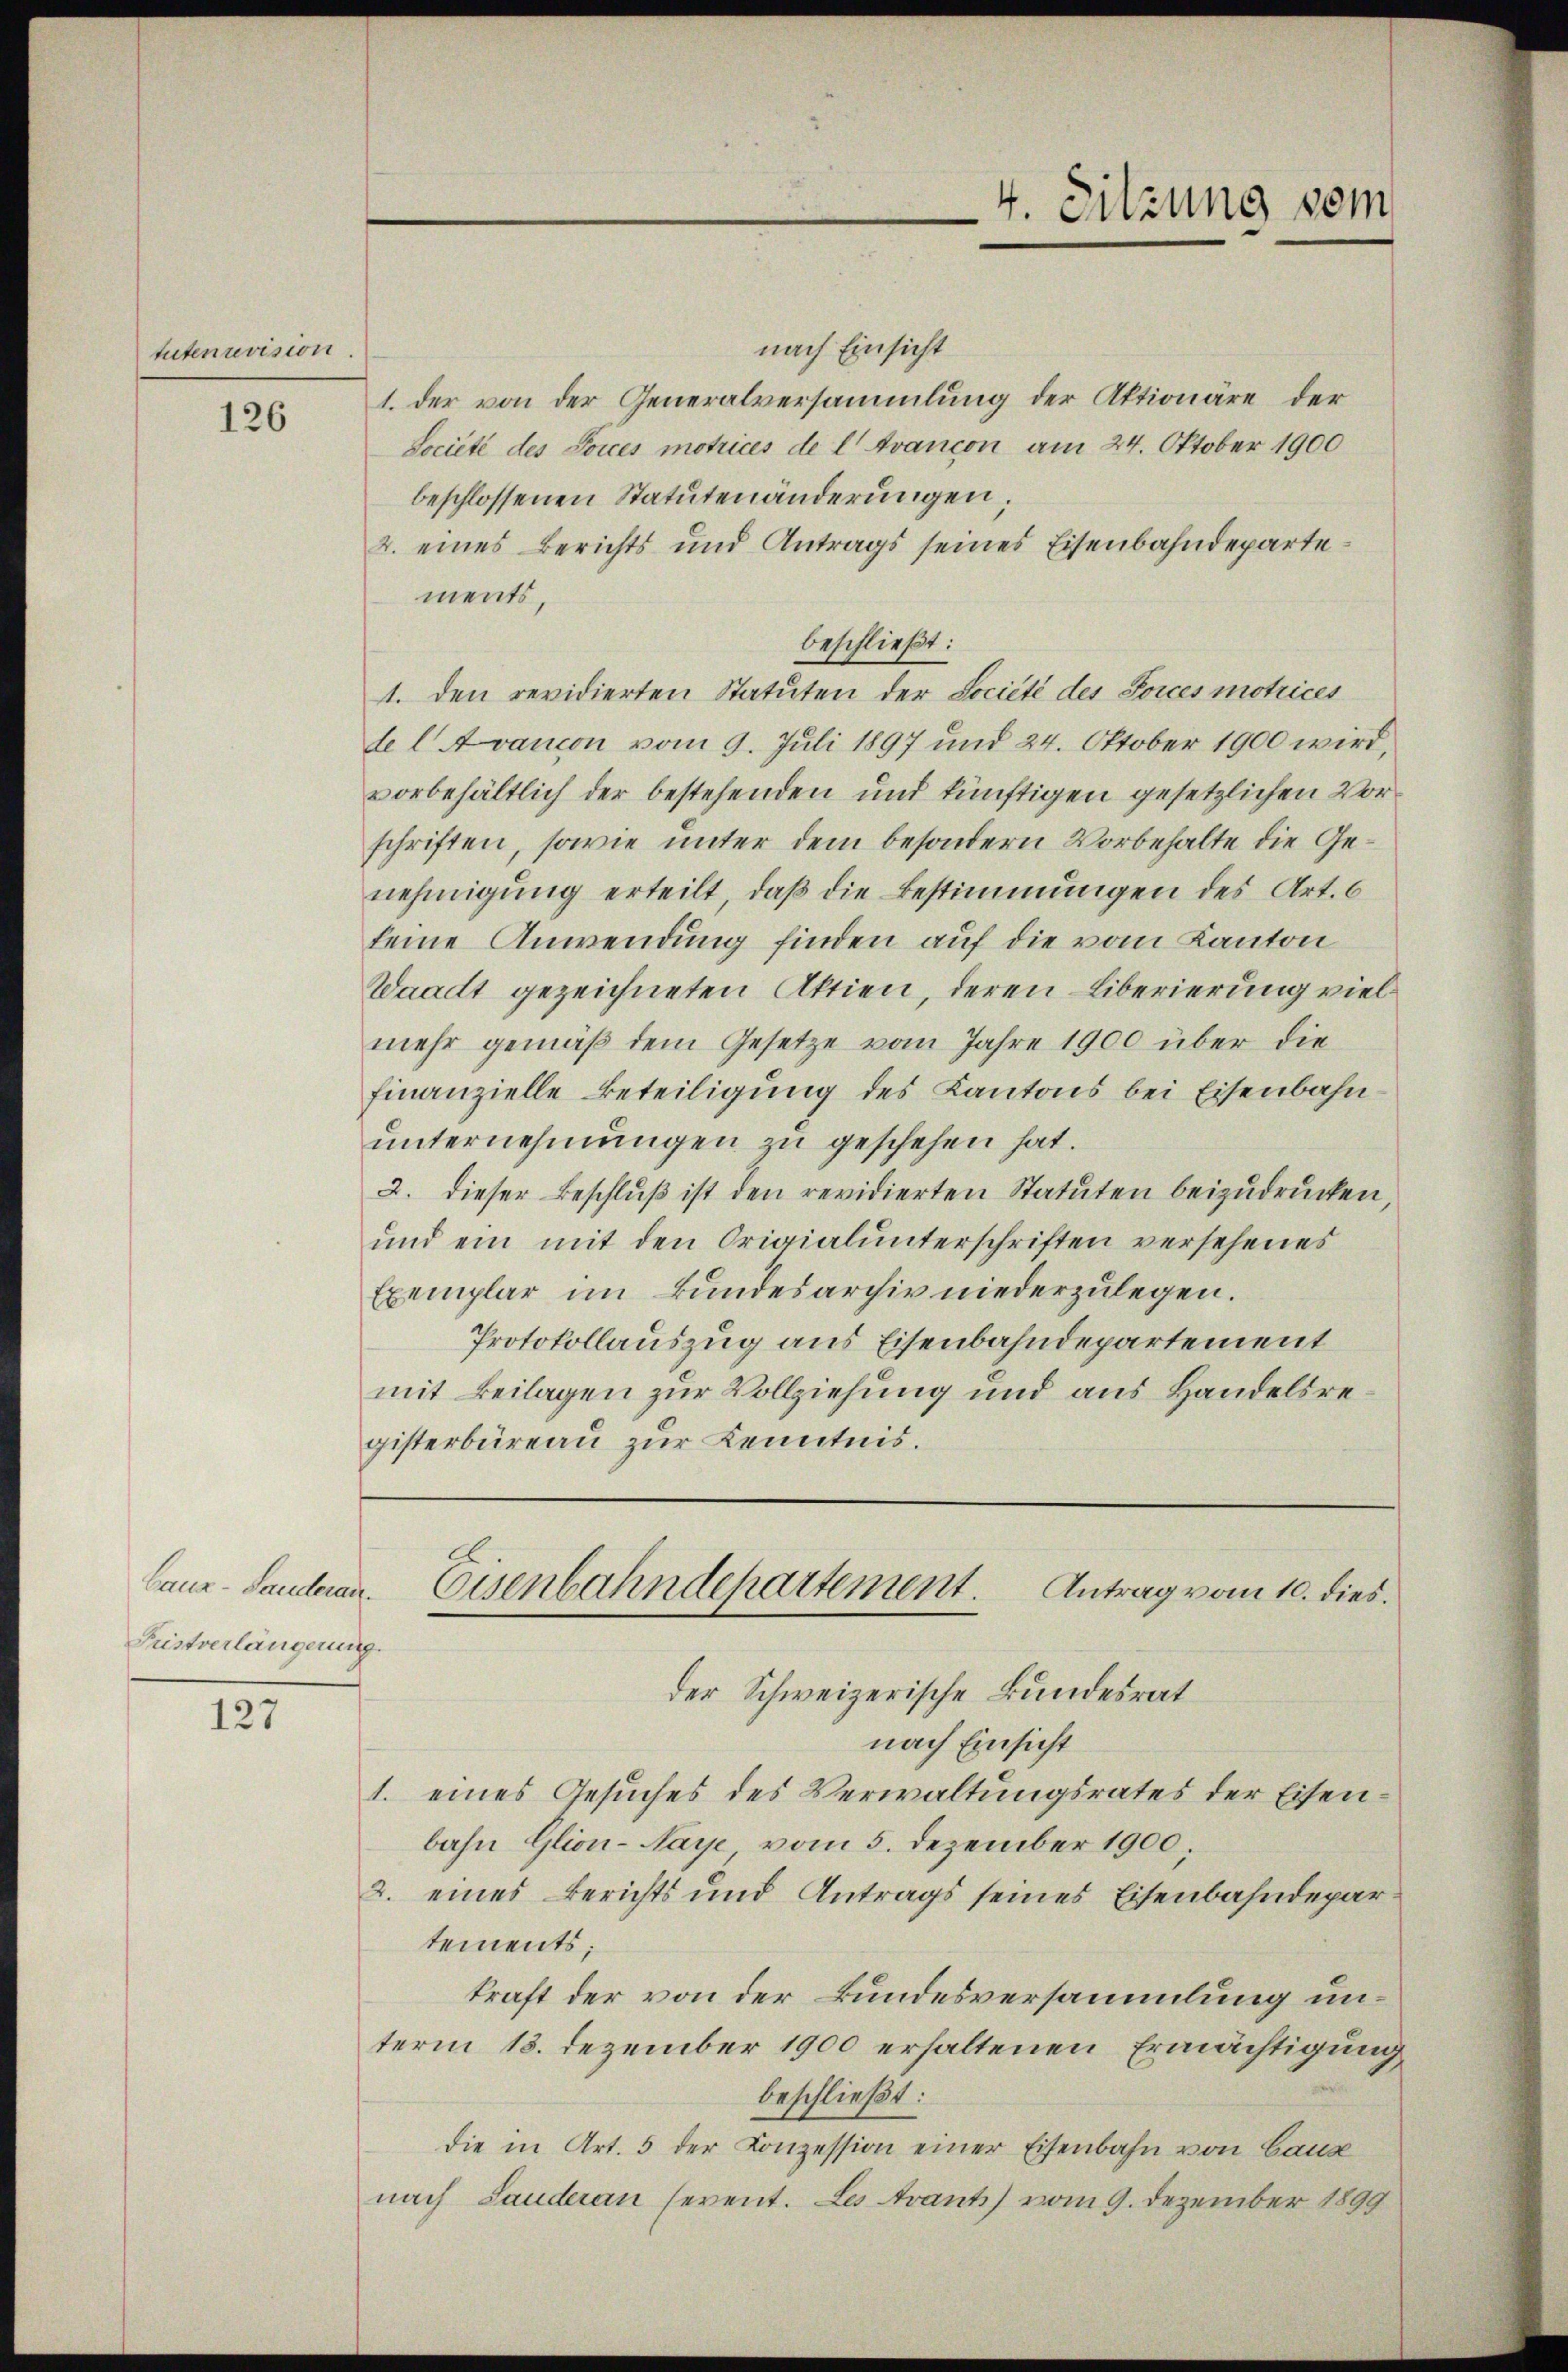
tuten revision.

126

Ganz - Sanderan¬
Fristverlängerung

127

nach Einsicht
1. der von der Generalversammlung der Aktionäre der
Societe des Dorces motrices de l' Avancon am 24. Oktober 1900
beschlossenen Statutenänderungen,
2. eines Berichts und Antrags seines Eisenbahndepartements,
beschließt:
1. den revidierten Statuten der Société des Jorces motrices
del Avancon vom 9. Juli 1897 und 24. Oktober 1900 wird,
vorbehältlich der bestehenden und künftigen gesetzlichen Vorschriften, sowie unter dem besondern Vorbehalte die Genehmigung erteilt, daß die Bestimmungen des Art. 6
keine Anwendung finden auf die vom Kanton
Waadt gezeichneten Aktien, deren Liberierung viel
mehr gemäβ dem Gesetze vom Jahre 1900 über die
finanzielle Beteiligung des Kantons bei Eisenbahnunternehmungen zu geschehen hat.
2. dieser Beschlŭβ ist den revidierten Statuten beizudrücken,
und ein mit den Origialunterschriften versehenes
Exemplar im Bundesarchiv niederzulegen.
Protokollauszug aus Eisenbahndepartement
mit Beilagen zur Vollziehung und aus Handelsregisterbüreau zur Kenntnis.

der Schweizerische Bundesrat
nach Einsicht
1. eines Gesuches des Verwaltungsrates der Eisenbahn Glion-Naye vom 5. Dezember 1900.
2. eines Berichts und Antrags seines Eisenbahndepartements;
kraft der von der Bundesversammlung unterm 18. Dezember 1900 erhaltenen Ermächtigung
beschließt:
die in Art. 5 der Konzession einer Eisenbahn von Baus
nach Lauderan sevent. Les traut) vom 9. Dezember 1899

4. Sitzung vom

Eisenbahndepartement. Antrag vom 10. dies